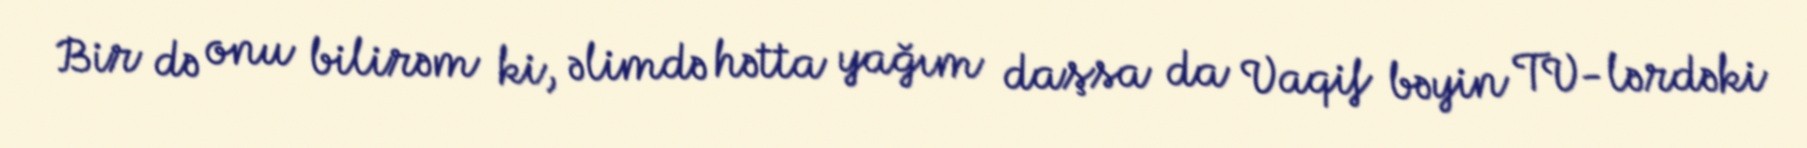
Bir də onu bilirəm ki, əlimdə hətta yağım daşsa da Vaqif bəyin TV-lərdəki